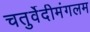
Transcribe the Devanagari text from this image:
चतुर्वेदीमंगलम